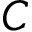
C